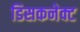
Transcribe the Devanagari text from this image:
डिसकनेक्ट